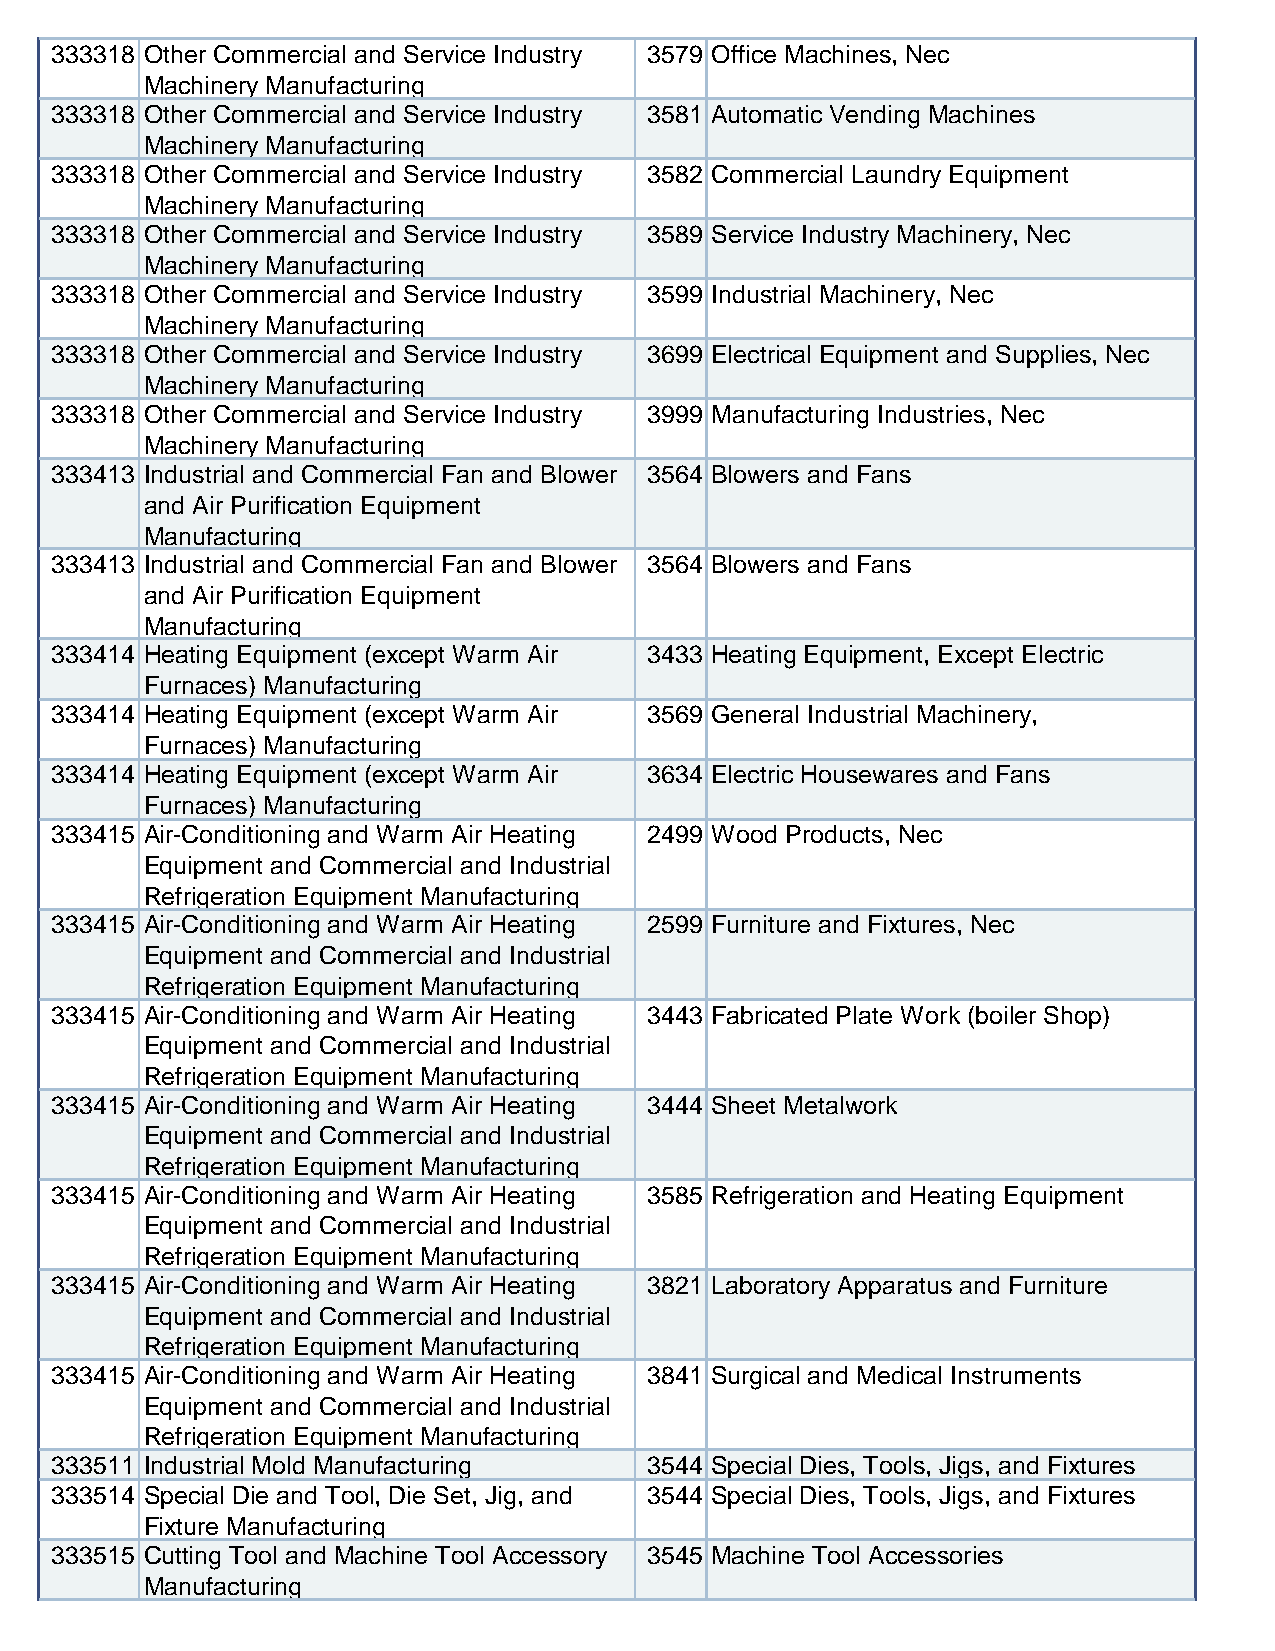
333318 Other Commercial and Service Industry 3579 Office Machines, Nec
 Machinery Manufacturing
 333318 Other Commercial and Service Industry 3581 Automatic Vending Machines
 Machinery Manufacturing
 333318 Other Commercial and Service Industry 3582 Commercial Laundry Equipment
 Machinery Manufacturing
 333318 Other Commercial and Service Industry 3589 Service Industry Machinery, Nec
 Machinery Manufacturing
 333318 Other Commercial and Service Industry 3599 Industrial Machinery, Nec
 Machinery Manufacturing
 333318 Other Commercial and Service Industry 3699 Electrical Equipment and Supplies, Nec
 Machinery Manufacturing
 333318 Other Commercial and Service Industry 3999 Manufacturing Industries, Nec
 Machinery Manufacturing
 333413 Industrial and Commercial Fan and Blower 3564 Blowers and Fans
 and Air Purification Equipment
 Manufacturing
 333413 Industrial and Commercial Fan and Blower 3564 Blowers and Fans
 and Air Purification Equipment
 Manufacturing
 333414 Heating Equipment (except Warm Air 3433 Heating Equipment, Except Electric
 Furnaces) Manufacturing
 333414 Heating Equipment (except Warm Air 3569 General Industrial Machinery,
 Furnaces) Manufacturing
 333414 Heating Equipment (except Warm Air 3634 Electric Housewares and Fans
 Furnaces) Manufacturing
 333415 Air-Conditioning and Warm Air Heating 2499 Wood Products, Nec
 Equipment and Commercial and Industrial
 Refrigeration Equipment Manufacturing
 333415 Air-Conditioning and Warm Air Heating 2599 Furniture and Fixtures, Nec
 Equipment and Commercial and Industrial
 Refrigeration Equipment Manufacturing
 333415 Air-Conditioning and Warm Air Heating 3443 Fabricated Plate Work (boiler Shop)
 Equipment and Commercial and Industrial
 Refrigeration Equipment Manufacturing
 333415 Air-Conditioning and Warm Air Heating 3444 Sheet Metalwork
 Equipment and Commercial and Industrial
 Refrigeration Equipment Manufacturing
 333415 Air-Conditioning and Warm Air Heating 3585 Refrigeration and Heating Equipment
 Equipment and Commercial and Industrial
 Refrigeration Equipment Manufacturing
 333415 Air-Conditioning and Warm Air Heating 3821 Laboratory Apparatus and Furniture
 Equipment and Commercial and Industrial
 Refrigeration Equipment Manufacturing
 333415 Air-Conditioning and Warm Air Heating 3841 Surgical and Medical Instruments
 Equipment and Commercial and Industrial
 Refrigeration Equipment Manufacturing
 333511 Industrial Mold Manufacturing    3544 Special Dies, Tools, Jigs, and Fixtures
 333514 Special Die and Tool, Die Set, Jig, and 3544 Special Dies, Tools, Jigs, and Fixtures
 Fixture Manufacturing
 333515 Cutting Tool and Machine Tool Accessory 3545 Machine Tool Accessories
 Manufacturing